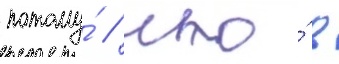
потому́ / что́ в